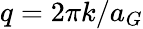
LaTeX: q=2\pi k/a_{G}